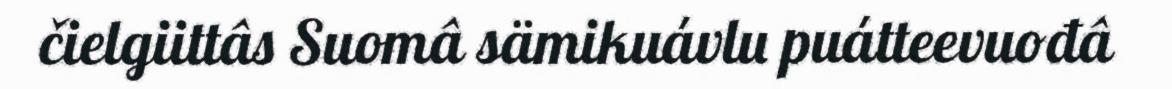
čielgiittâs Suomâ sämikuávlu puátteevuođâ